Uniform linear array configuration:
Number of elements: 8
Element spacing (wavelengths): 0.25
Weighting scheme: blackman
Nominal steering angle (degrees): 30
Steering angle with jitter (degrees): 30.052
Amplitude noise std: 0.05
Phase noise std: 0.05

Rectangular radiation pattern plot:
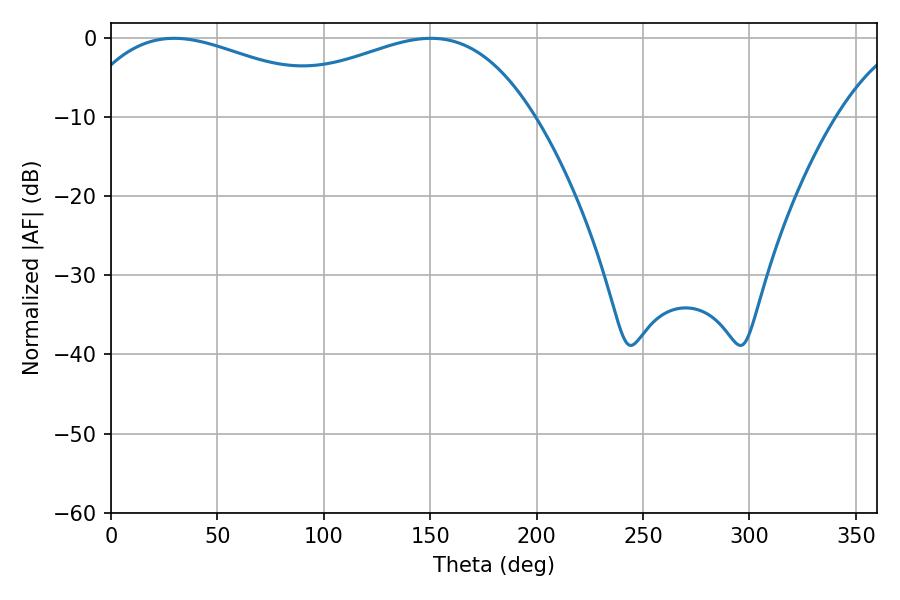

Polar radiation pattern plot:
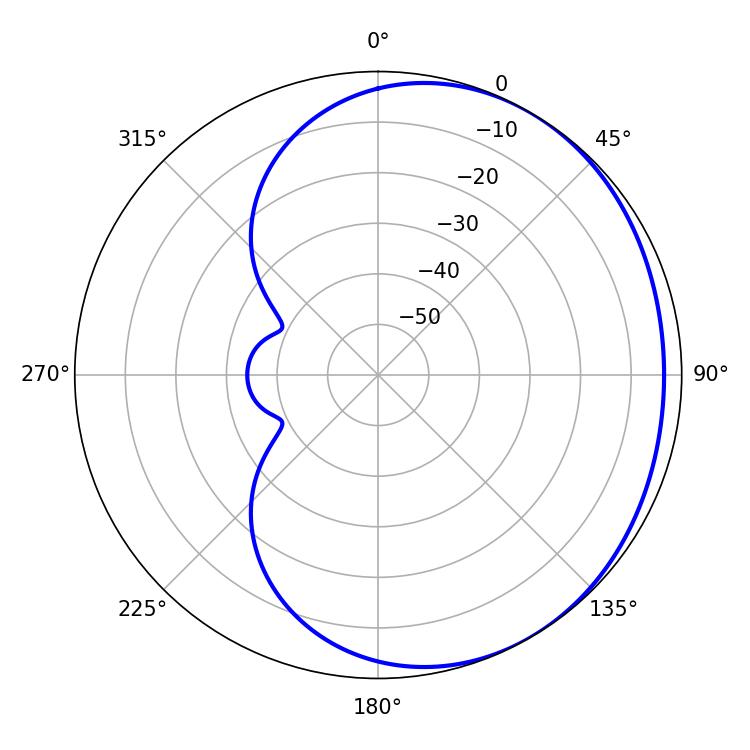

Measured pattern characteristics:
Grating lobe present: FALSE
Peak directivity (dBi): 1.764
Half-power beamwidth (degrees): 73.08
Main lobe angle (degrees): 29.7